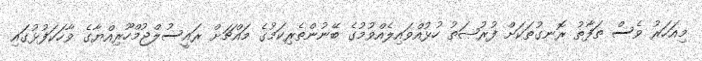
މިއަހަރު ވެސް ތަފާތު ރޮނގުތަކަށް ފުރުޞަތު ހުޅުއްވައިލެއްވުމުގެ ބޭނުންތެރިކަމުގެ މައްޗަށް ރައީސުލްޖުމްހޫރިއްޔާގެ ވާހަކަފުޅުގައި